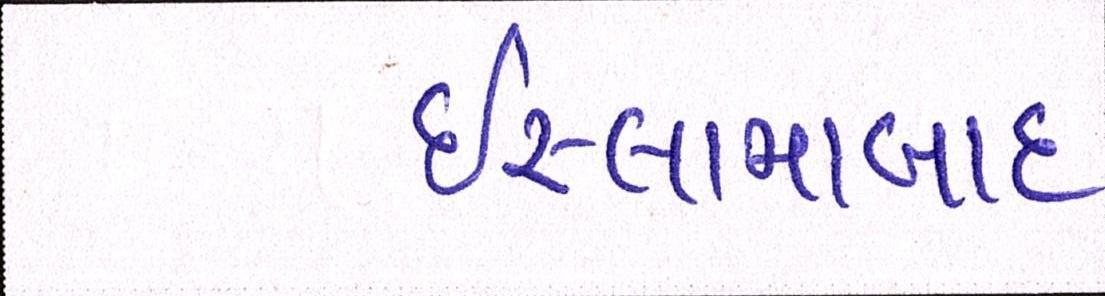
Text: ઇસ્લામાબાદ